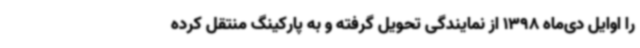
را اوایل دی‌ماه 1398 از نمایندگی تحویل گرفته و به پارکینگ منتقل کرده